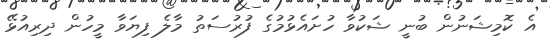
އެ ކޮމިޝަނުން ބުނީ ޝަކުވާ ހުށައެޅުމުގެ ފުރުސަތު މާލެ ފިޔަވާ މީހުން ދިރިއުޅޭ